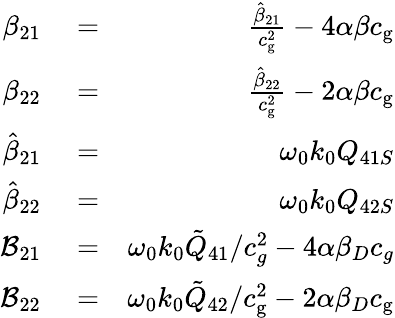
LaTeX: \begin{array}{rlr}{\beta_{21}}&{{}=}&{\frac{\hat{\beta}_{21}}{c_{\mathrm{g}}^{2}}-4\alpha\beta c_{\mathrm{g}}}\\ {\beta_{22}}&{{}=}&{\frac{\hat{\beta}_{22}}{c_{\mathrm{g}}^{2}}-2\alpha\beta c_{\mathrm{g}}}\\ {\hat{\beta}_{21}}&{{}=}&{\omega_{0}k_{0}Q_{41S}}\\ {\hat{\beta}_{22}}&{{}=}&{\omega_{0}k_{0}Q_{42S}}\\ {\mathcal{B}_{21}}&{{}=}&{\omega_{0}k_{0}\tilde{Q}_{41}/c_{g}^{2}-4\alpha\beta_{D}c_{g}}\\ {\mathcal{B}_{22}}&{{}=}&{\omega_{0}k_{0}\tilde{Q}_{42}/c_{\mathrm{g}}^{2}-2\alpha\beta_{D}c_{\mathrm{g}}}\end{array}